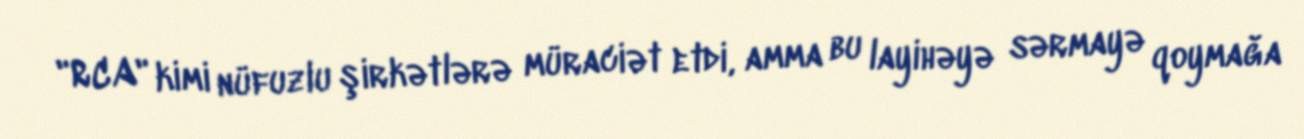
"RCA" kimi nüfuzlu şirkətlərə müraciət etdi, amma bu layihəyə sərmayə qoymağa